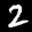
Label: 2